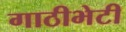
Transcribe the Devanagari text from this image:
गाठीभेटी